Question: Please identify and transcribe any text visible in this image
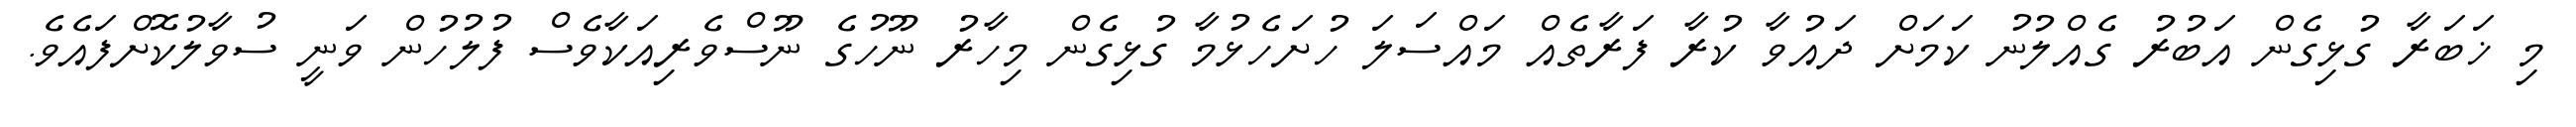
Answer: މި ޚަބަރާ ގުޅިގެން އަބުރު ގެއްލުނު ކަމަށް ދައުވާ ކުރާ ފަރާތެއް މައްސަލަ ހުށަހެޅުމާ ގުޅިގެން މިހާރު ނޫހުގެ ނޫސްވެރިއަކާވެސް ފުލުހުން ވަނީ ސުވާލުކޮށްފައެވެ.